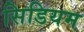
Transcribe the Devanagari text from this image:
सिडियम